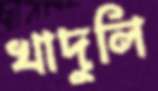
খাদুলি